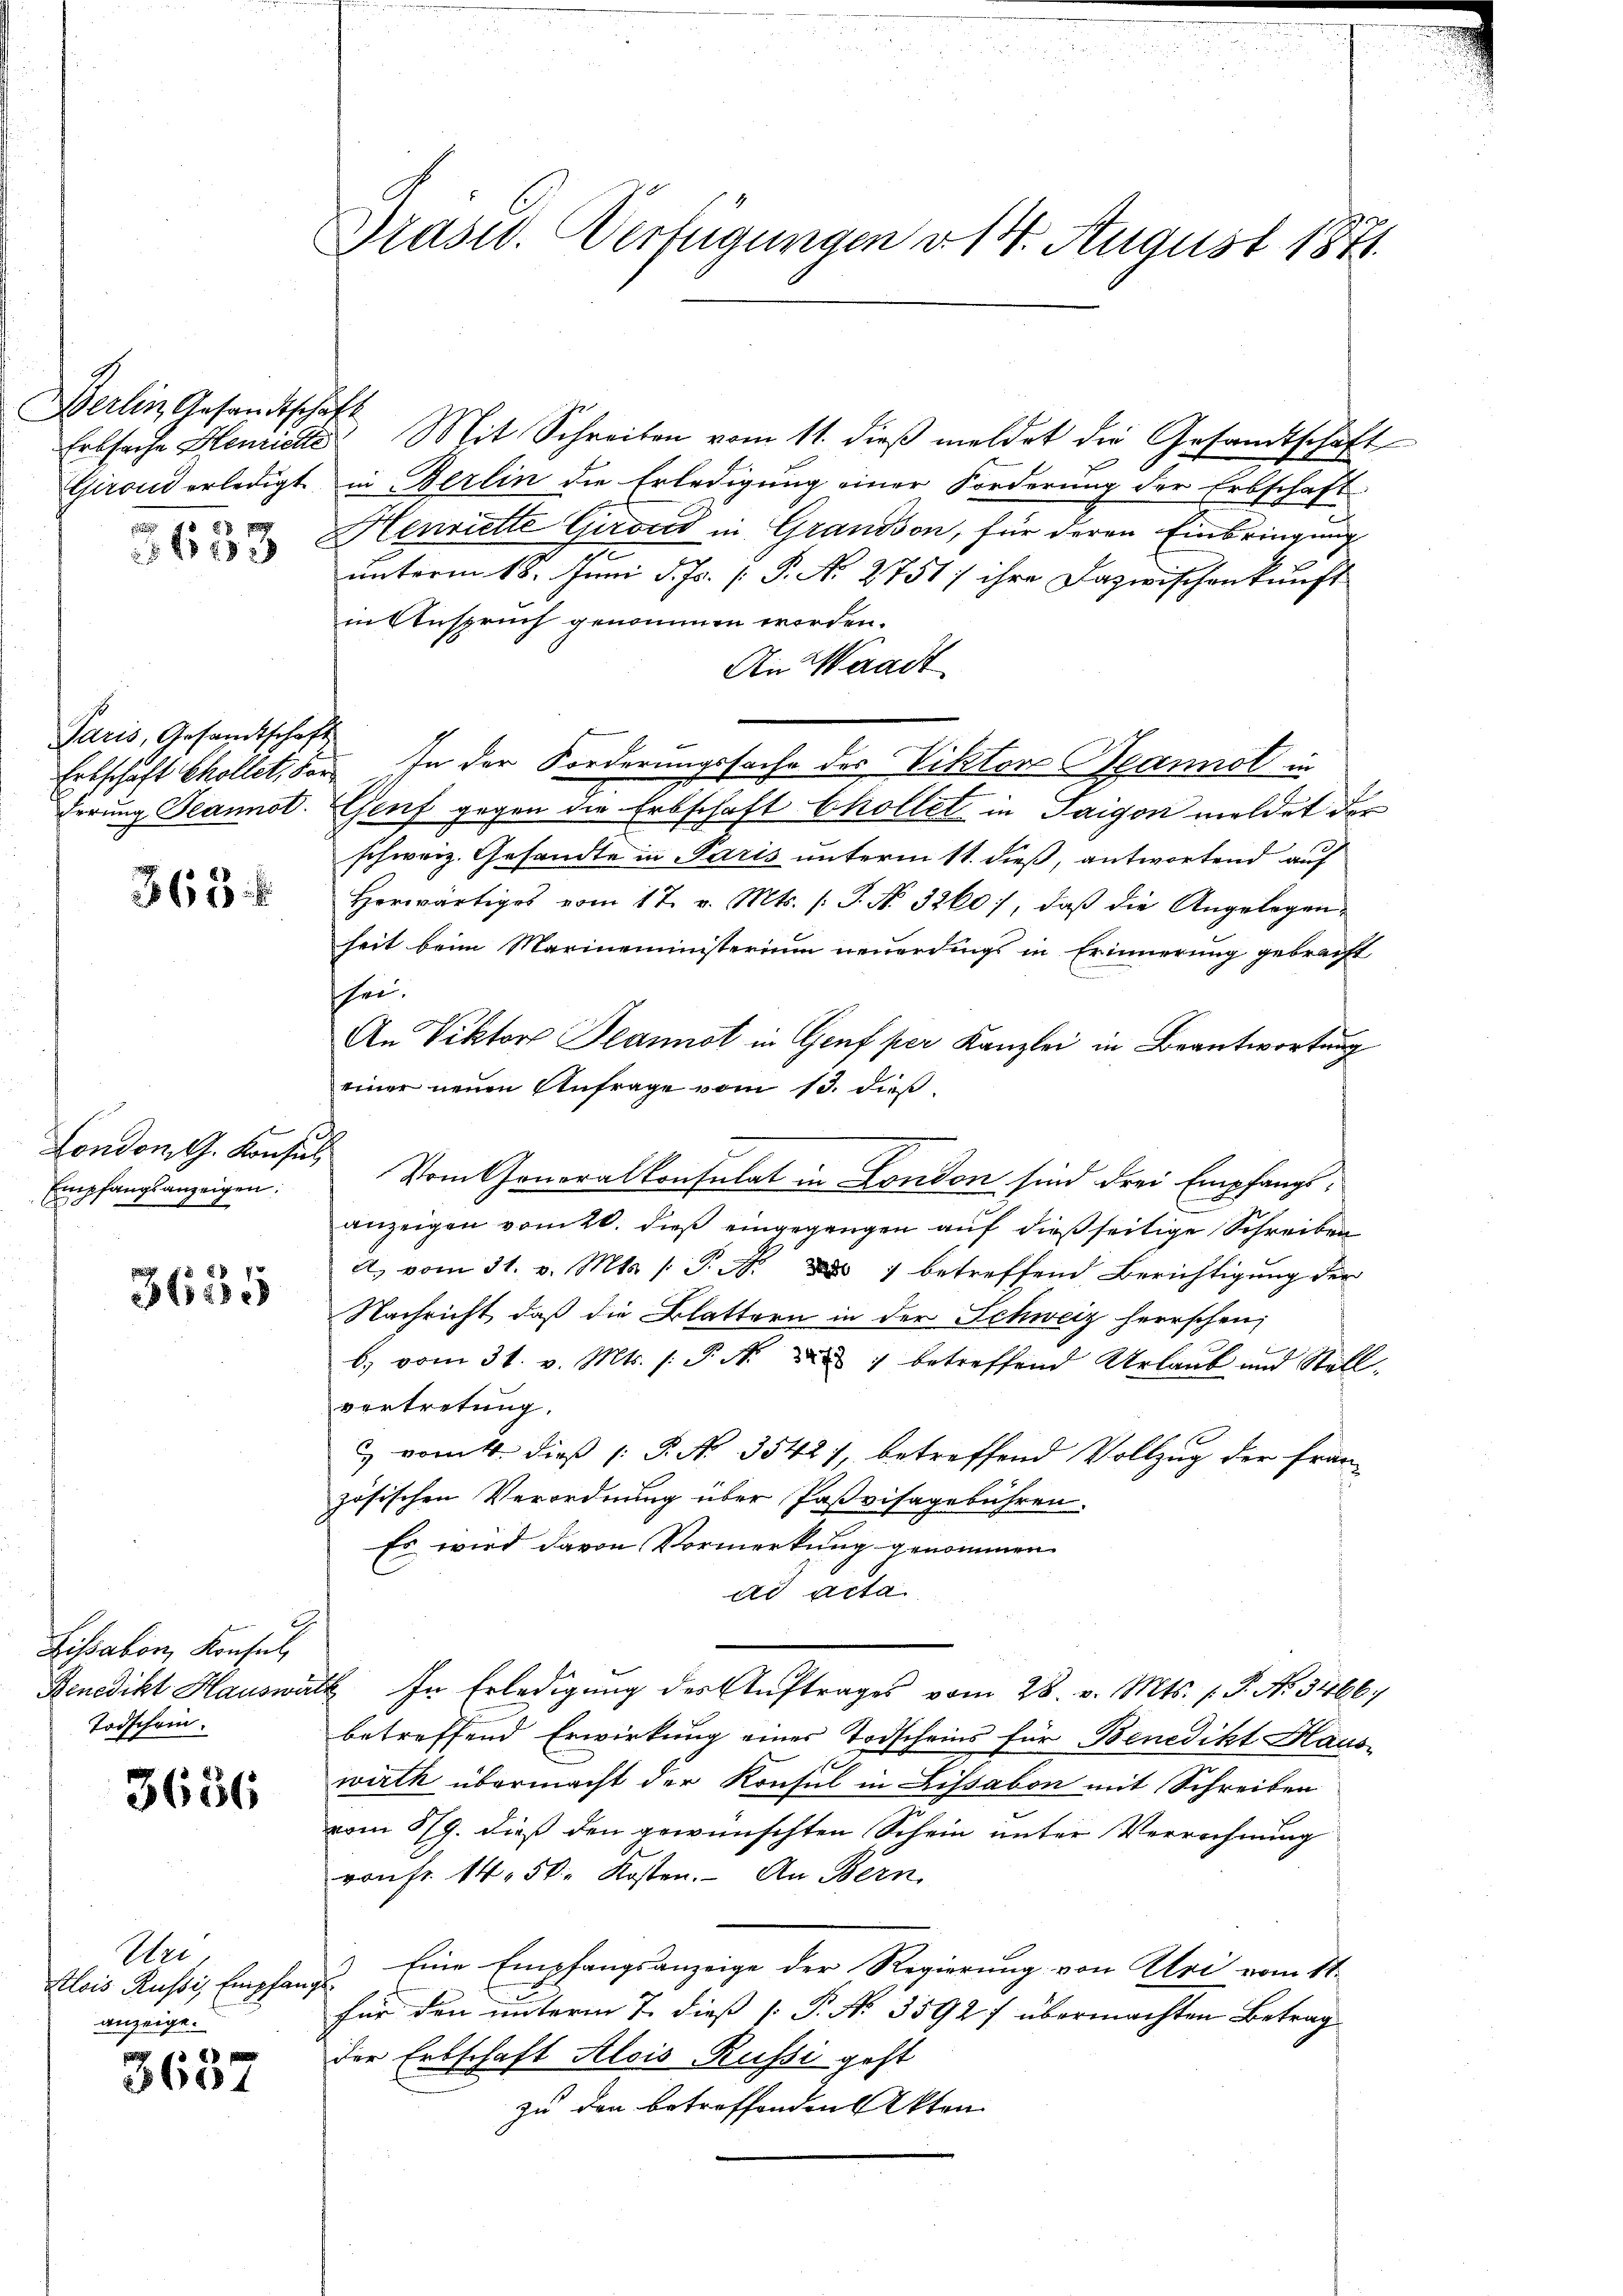
Berlin Gesandtschaft
.

23 x 2

Paris, Gesandtschaft
derung Jeannot.

363 f

London, G. Konsul
Empfangsanzeigen:

3635

Lissabon, Konsul,
Benedikt Hauswi
Todschein.

3656

Uer,
Alois Russis Empfan
anzeige.

f. IV
3694

Präsid. Verfügungen v. 14. August 1871.

Erbsache Henrichte Mit Schreiben vom 11. dieβ meldet die Gesandtschaft
Girend erledigt in Berlin die Erledigung einer Forderung der Erbschaft
Henriette Giroad in Grandson, für deren Einbringung
unterm 18. Juni d. Js. [ P. No 2751; ihre Dazwischenkunft
in Anspruch genommen worden.
An Waadt
Erbschaft Chollet, der In der Forderungssache des Viktor Hannot in
Genf gegen die Erbschaft bhollet in Saigon meldet der
schweiz. Gesandte in Paris unterm 11. dieß, antwortend auf
Herwärtiges vom 17. v. Mts. (T. N. 3260), daβ die Angelegenheit beim Marineministerium neuerdings in Erinnerung gebracht
sei.
An Viktor Beannst in Genf per Kanzlei in Beantwortung
einer neuen Anfrage vom 13. dieß
Vom Generalkonsulat in London sind drei Empfangs¬
E
anzeigen vom 20. dieß eingegangen auf dießseitige Schreiben
A. vom 31. v. Mts. (T. A. ds 7 betreffend Berichtigung der
Nachricht, daß die Blattern in der Schweiz herrschen,
b) vom 31. v. Mts. s. P. N. des 1 betreffend Urlaub und Stell
vertretung.
& vom 4. dieß P. Nr. 3542), betreffend Vollzug der französischen Verordnung über Paßvisagebühren.
Es wird davon Vormerkung genommen
ad acta
i. In Erledigung des Auftrages vom 28. v. Mts. (T. No. 3466;
betreffend Erwirkung einer Todscheins für Benedikt Hauswirth übermacht der Konsul in Lissabon mit Schreiben
vom 5/9. dieß den gewünschten Schein unter Verrechnung
von fr. 14. 50. Kosten. An Bern,
Eine Empfangsanzeige der Regierung von Uri vom 11.
e
für den unterm 7. dieß P. N. 3592 f übermachten Betrag
der Erbschaft Alois Russi geht
zu den betreffenden Akten